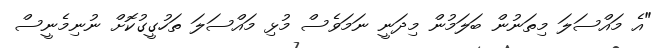
"އެ މައްސަލަ މިތަނުން ބަލަމުން މިދަނީ ނަމަވެސް މުޅި މައްސަލަ ތަހުގީގުކޮށް ނުނިމެނީސް